Scientific memoirs by medical officers of the Army of India - Part III,
Year: 1887
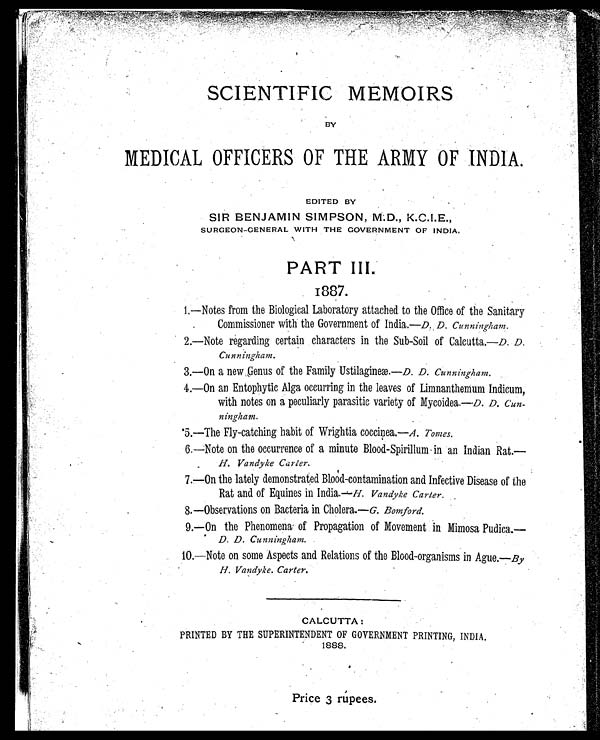
SCIENTIFIC MEMOIRS
BY
MEDICAL OFFICERS OF THE ARMY OF INDIA.
EDITED BY
SIR BENJAMIN SIMPSON, M.D., K.C.I.E.,
SURGEON-GENERAL WITH THE GOVERNMENT OF INDIA.
PART III.
1887.
1 .
—
Notes from the Biological Laboratory attached to the Office of the Sanitary
Commissioner with the Government of India.— D. D. Cunningham.
2. —Note regarding certain characters in the Sub-Soil of Calcutta.— D. D.
Cunningham.
3. — On a new Genus of the Family Ustilagineæ.— D. D. Cunningham.
4. —On an Entophytic Alga occurring in the leaves of Limnanthemum Indicum,
with notes on a peculiarly parasitic variety of Mycoidea.—D. D. Cun-
ningham.
5 . —
The Fly-catching habit of Wrightia coccinea.—A. Tomes.
6 . — Note on the occurrence of a minute Blood-Spirillum- in an Indian Rat.—
H. Vandyke Carter.
7. — On the lately demonstrated Blood-contamination and Infective Disease of the
Rat and of Equines in India.—H. Vandyke Carter.
8. — Observations on Bacteria in Cholera.— G. Bomford.
9. — On the Phenomena of Propagation of Movement in Mimosa Pudica.—
D. D. Cunningham.
10. —Note on some Aspects and Relations of the Blood-organisms in Ague.— By
H. Vandyke. Carter.
CALCUTTA :
PRINTED BY THE SUPERINTENDENT OF GOVERNMENT PRINTING, INDIA.
1888.
Price 3 rúpees.